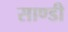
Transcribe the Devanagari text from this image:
साण्‍डी